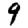
Digit: 9